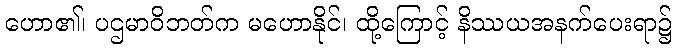
ဟော၏၊ ပဌမာဝိဘတ်က မဟောနိုင်၊ ထို့ကြောင့် နိဿယအနက်ပေးရာ၌